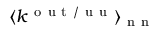
\langle k ^ { \mathrm { ~ o ~ u ~ t ~ / ~ u ~ u ~ } } \rangle _ { \mathrm { ~ n ~ n ~ } }